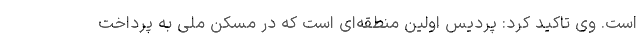
است. وی تاکید کرد: پردیس اولین منطقه‌ای است که در مسکن ملی به پرداخت